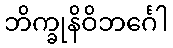
ဘိက္ခုနိဝိဘင်္ဂေါ